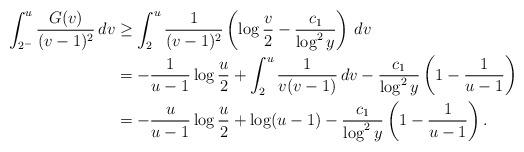
LaTeX: \begin{align*}\int_{2^-}^{u}\frac{G(v)}{(v-1)^2}\,dv&\ge\int_{2}^{u}\frac{1}{(v-1)^2}\left(\log\frac{v}{2}-\frac{c_1}{\log^2y}\right)\,dv\\&=-\frac{1}{u-1}\log\frac{u}{2}+\int_{2}^{u}\frac{1}{v(v-1)}\,dv-\frac{c_1}{\log^2y}\left(1-\frac{1}{u-1}\right)\\&=-\frac{u}{u-1}\log\frac{u}{2}+\log(u-1)-\frac{c_1}{\log^2y}\left(1-\frac{1}{u-1}\right).\end{align*}